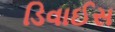
ડિવાઈસ